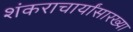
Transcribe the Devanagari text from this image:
शंकराचार्यांसारख्या